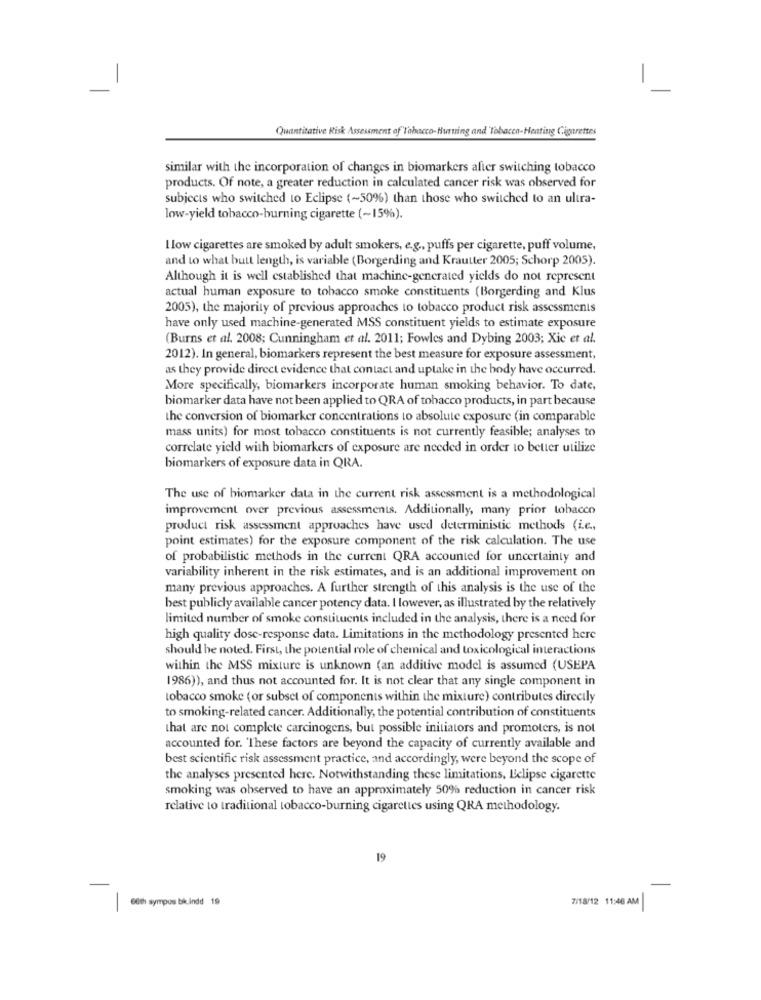
Quantitative Risk Assessment of"Tabacco-Hurting and Tobacco-Heating Cigarettes
similar with the incorporation of changes in biomarkers after switching tobacco
products. Of note, a greater reduction in calculated cancer risk was observed for
subjects who switched to Eclipse (~50%) than those who switched to an ultra-
low-yield tobacco-burning cigarette (~15%).
L low cigarettes are smoked by adult smokers, e.g ., puffs per cigarette, puff volume,
and to what butt length, is variable (Borgerding and Krautter 2005; Schorp 2005).
Although it is well established that machine-generated yields do not represent
actual human exposure to tobacco smoke constituents (Borgerding and Klus
2005), the majority of previous approaches to tobacco product risk assessments
have only used machine-generated MSS constituent yields to estimate exposure
(Burns et al. 2008; Cunningham et al. 2011; Fowles and Dybing 2003; Xic et al.
2012). In general, biomarkers represent the best measure for exposure assessment,
as they provide direct evidence that contact and uptake in the body have occurred.
More specifically, biomarkers incorporate human smoking behavior. To date,
biomarker data have not been applied to QRA of tobacco products, in part because
the conversion of biomarker concentrations to absolute exposure (in comparable
mass units) for most tobacco constituents is not currently feasible; analyses to
correlate yield with biomarkers of exposure are needed in order to better utilize
biomarkers of exposure data in QRA.
The use of biomarker data in the current risk assessment is a methodological
improvement over previous assessments. Additionally, many prior tobacco
product risk assessment approaches have used deterministic methods (i.e .,
point estimates) for the exposure component of the risk calculation. The use
of probabilistic methods in the current QRA accounted for uncertainty and
variability inherent in the risk estimates, and is an additional improvement on
many previous approaches. A further strength of this analysis is the use of the
best publicly available cancer potency data. I lowever, as illustrated by the relatively
limited number of smoke constituents included in the analysis, there is a need for
high quality dosc-response data. Limitations in the methodology presented here
should be noted. First, the potential role of chemical and toxicological interactions
within the MSS mixture is unknown (an additive model is assumed (USEPA
1986)), and thus not accounted for. It is not clear that any single component in
tobacco smoke (or subset of components within the mixture) contributes directly
to smoking-related cancer. Additionally, the potential contribution of constituents
that are not complete carcinogens, but possible initiators and promoters, is not
accounted for. 'These factors are beyond the capacity of currently available and
best scientific risk assessment practice, and accordingly, were beyond the scope of
the analyses presented here. Notwithstanding these limitations, Eclipse cigarette
smoking was observed to have an approximately 50% reduction in cancer risk
relative to traditional tobacco-burning cigarettes using QRA methodology.
19
7/18/12 11:46 AM
6th sympos bikindd 19